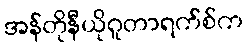
အန်တိုနီယိုဂူတာရက်စ်က